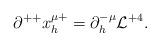
LaTeX: \begin{align*}\partial^{++} x^{\mu +}_h = \partial^{-\mu}_h {\cal L}^{+4} .\end{align*}